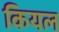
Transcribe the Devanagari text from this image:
कियल